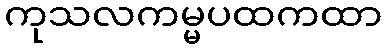
ကုသလကမ္မပထကထာ